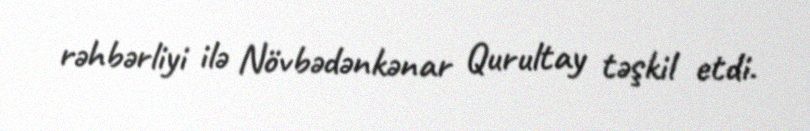
rəhbərliyi ilə Növbədənkənar Qurultay təşkil etdi.